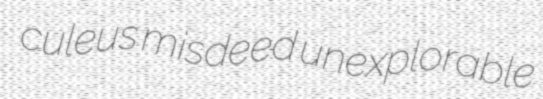
culeus misdeed unexplorable